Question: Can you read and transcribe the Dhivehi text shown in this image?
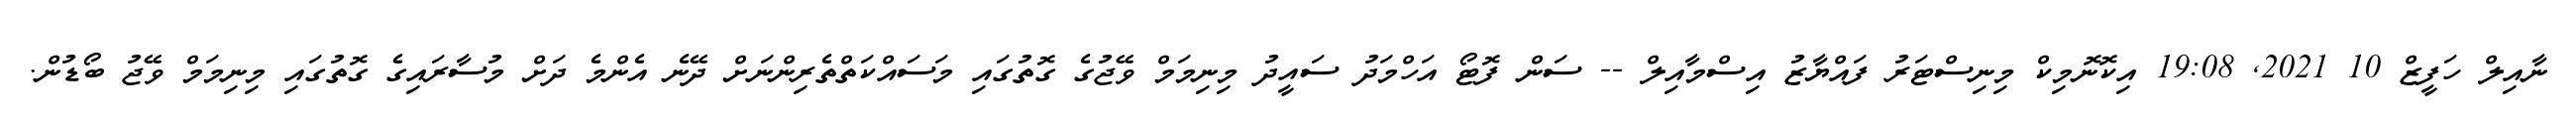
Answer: ނާއިލް ހަފީޒް 10 2021, 19:08 އިކޮނޮމިކް މިނިސްޓަރު ފައްޔާޒު އިސްމާއިލް -- ސަން ފޮޓޯ އަހްމަދު ސައީދު މިނިމަމް ވޭޖުގެ ގޮތުގައި މަސައްކަތްތެރިންނަށް ދޭނެ އެންމެ ދަށް މުސާރައިގެ ގޮތުގައި މިނިމަމް ވޭޖު ބޯޑުން.